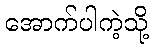
အောက်ပါကဲ့သို့